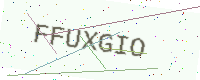
Text: FFUXGIO